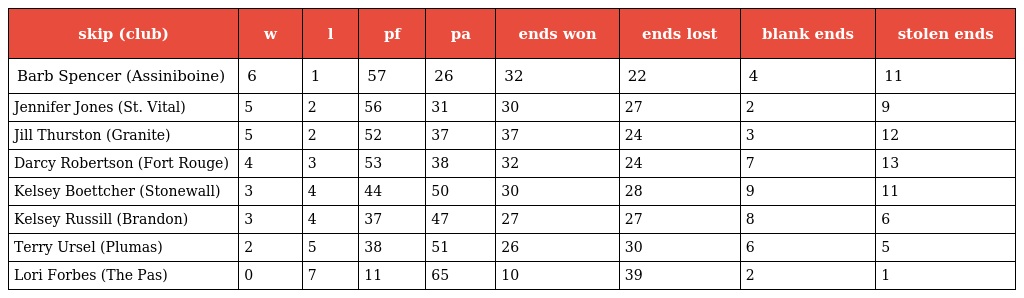
| skip (club) | w | l | pf | pa | ends won | ends lost | blank ends | stolen ends |
 | --- | --- | --- | --- | --- | --- | --- | --- | --- |
 | Barb Spencer (Assiniboine) | 6 | 1 | 57 | 26 | 32 | 22 | 4 | 11 |
 | Jennifer Jones (St. Vital) | 5 | 2 | 56 | 31 | 30 | 27 | 2 | 9 |
 | Jill Thurston (Granite) | 5 | 2 | 52 | 37 | 37 | 24 | 3 | 12 |
 | Darcy Robertson (Fort Rouge) | 4 | 3 | 53 | 38 | 32 | 24 | 7 | 13 |
 | Kelsey Boettcher (Stonewall) | 3 | 4 | 44 | 50 | 30 | 28 | 9 | 11 |
 | Kelsey Russill (Brandon) | 3 | 4 | 37 | 47 | 27 | 27 | 8 | 6 |
 | Terry Ursel (Plumas) | 2 | 5 | 38 | 51 | 26 | 30 | 6 | 5 |
 | Lori Forbes (The Pas) | 0 | 7 | 11 | 65 | 10 | 39 | 2 | 1 |